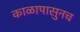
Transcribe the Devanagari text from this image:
काळापासुनच